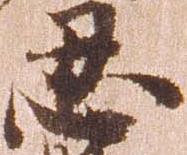
忍